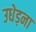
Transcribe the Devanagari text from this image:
उधेड़ना